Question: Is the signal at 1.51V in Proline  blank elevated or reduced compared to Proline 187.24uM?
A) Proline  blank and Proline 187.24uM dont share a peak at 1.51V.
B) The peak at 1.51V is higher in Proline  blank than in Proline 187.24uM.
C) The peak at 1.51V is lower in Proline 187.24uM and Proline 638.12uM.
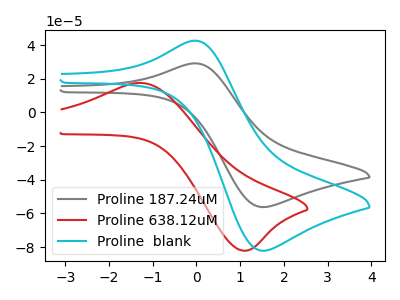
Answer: <think>The gray curve "Proline 187.24uM" has an anodic peak at (0.00V, 29.15uA) and a cathodic peak at (1.50V, -56.20uA). The red curve "Proline 638.12uM" has an anodic peak at (-1.25V, 17.50uA) and a cathodic peak at (1.05V, -82.05uA). The cyan curve "Proline  blank" has an anodic peak at (0.00V, 42.60uA) and a cathodic peak at (1.50V, -82.15uA).</think>
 <answer>B) The peak at 1.51V is higher in "Proline  blank" than in "Proline 187.24uM".</answer>
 <eval>B</eval>